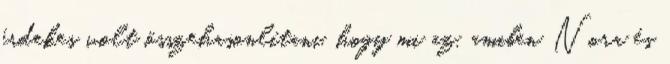
érdekes volt összehasonlítani, hogy mi az, amiben Nora és